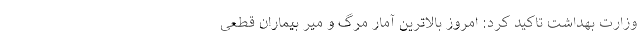
وزارت بهداشت تاکید کرد: امروز بالاترین آمار مرگ و میر بیماران قطعی